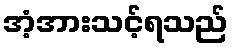
အံ့အားသင့်ရသည်